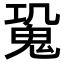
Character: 𩲧